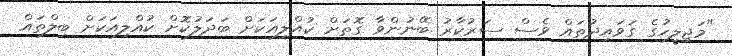
"މަޖިލީހުގެ ގަވައިދުތައް ވެސް ސަރުކާރު ބޭނުންވާ ގޮތަށް ކުއްލިއަކަށް ބަދަލުކޮށް ކުއްލިއަކަށް ބިލްތައް